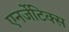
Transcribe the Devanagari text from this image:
एनर्जेटिक्स